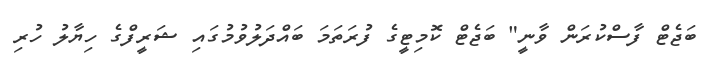
ބަޖެޓް ފާސްކުރަން ވާނީ" ބަޖެޓް ކޮމިޓީގެ ފުރަތަމަ ބައްދަލުވުމުގައި ޝަރީފްގެ ހިޔާލު ހުރި